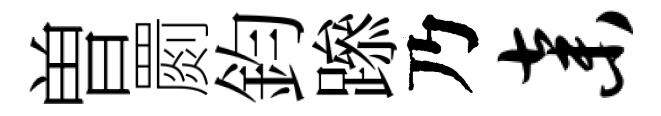
曽罽鈞𨅶乃弃